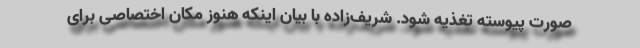
صورت پیوسته تغذیه شود. شریف‌زاده با بیان اینکه هنوز مکان اختصاصی برای